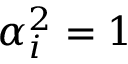
\alpha _ { i } ^ { 2 } = 1